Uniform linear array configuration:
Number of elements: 64
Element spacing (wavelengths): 0.75
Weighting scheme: blackman
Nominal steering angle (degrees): -60
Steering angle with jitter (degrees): -60.419
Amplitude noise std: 0.05
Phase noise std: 0.05

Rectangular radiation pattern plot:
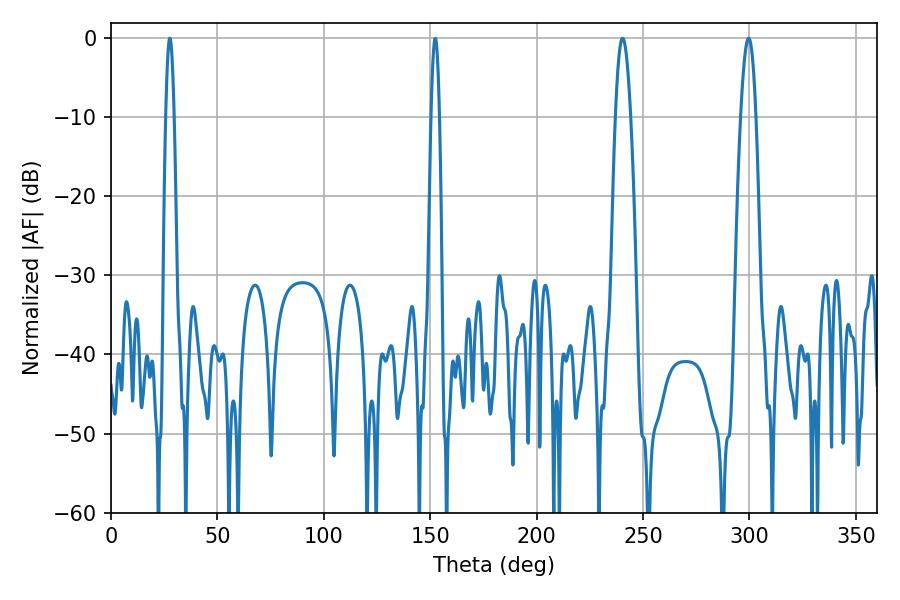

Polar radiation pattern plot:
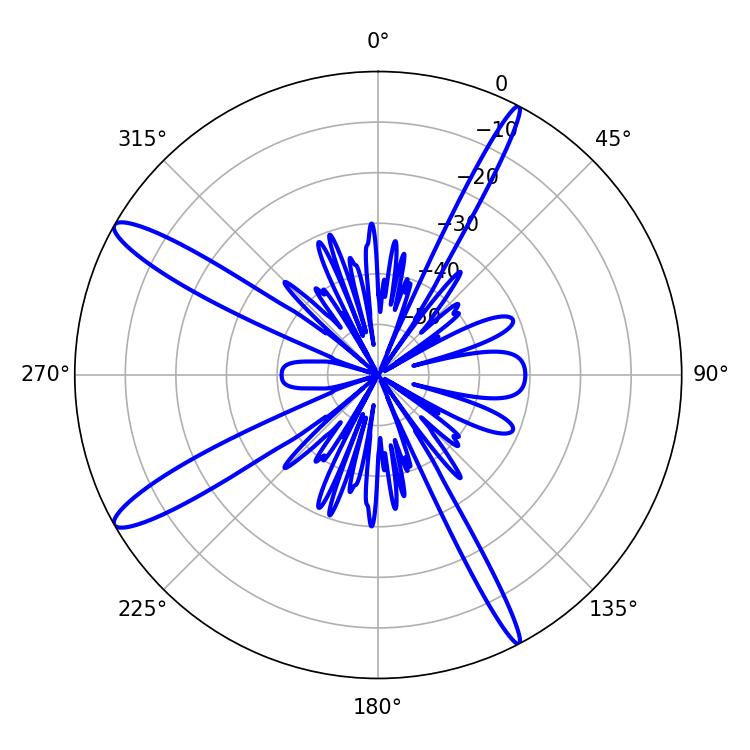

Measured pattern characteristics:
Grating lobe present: TRUE
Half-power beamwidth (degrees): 3.96
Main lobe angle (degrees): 240.48